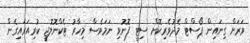
ވަރަށް ގިނައިން ޕޯސްޓް މެދުވެރިކޮށް ސިޓީ ފޮނުވި ނަމަވެސް މިހާރު ޓެކްނޮލޮޖީ ކުރިއަރައިގެން